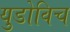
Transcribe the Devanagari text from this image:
युडोविच